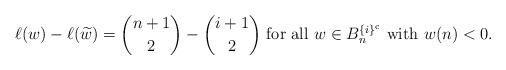
LaTeX: \begin{align*}\ell( w)-\ell(\widetilde w)=\binom{n+1}{2}-\binom{i+1}{2} \mbox{ for all } w\in B_n^{\{i\}^{\textup{c}}} \mbox{ with }w(n)<0.\end{align*}